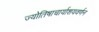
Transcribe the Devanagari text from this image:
ज्योतिषाचार्याशयवर्णन